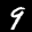
Label: 9